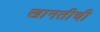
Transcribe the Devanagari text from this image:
खानतीची